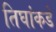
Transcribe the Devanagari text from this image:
तिघांकडे